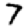
Digit: 7